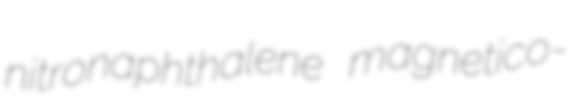
nitronaphthalene magnetico-